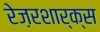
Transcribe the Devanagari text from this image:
रेज़रशार्क्स